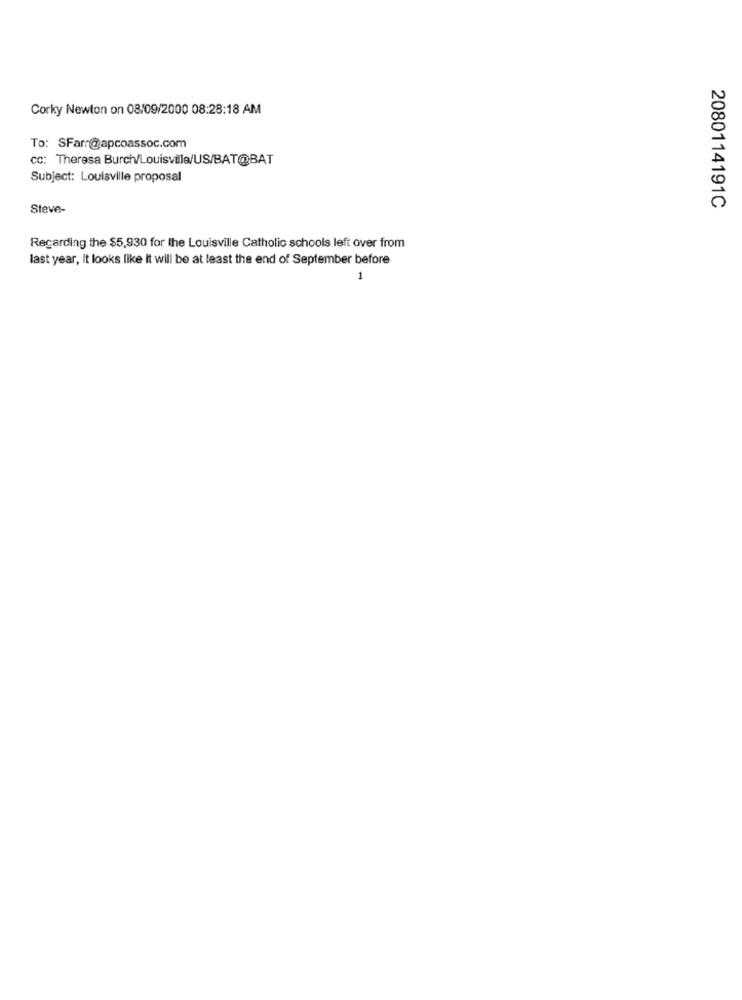
Corky Newton on 08/09/2000 08:28:18 AM
To: SFarr@apcoassoc.com
cc: Theresa Burch/Louisville/US/BAT@BAT
Subject: Louisville proposal
Steve-
2080114191C
Regarding the $5,930 for the Louisville Catholic schools left over from
last year, it looks like it will be at least the end of September before
1